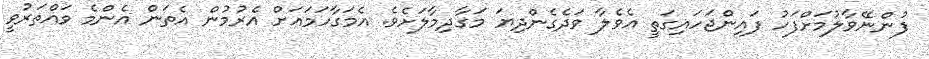
ފުންނޭވާލުމަށްފަހު ފައިންޖަހައިގަތީ އެވެލާ ވަދެގެންދިޔަ މަގާދިމާލަށެވެ. އެމަގާހަމައަށް އެރުމުން އެތަން އެންމެ ވައްތަރުވީ